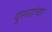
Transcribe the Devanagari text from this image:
दुसरांचा